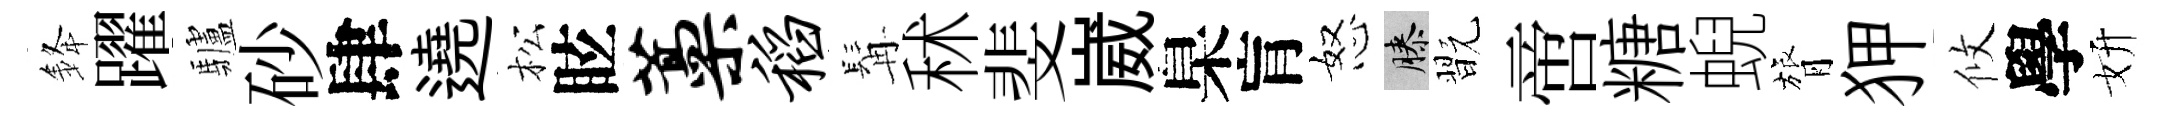
𨦟躍驢砂肆遶松眩藁稻髯秫斐崴臬肓怒膝翫啻糖蜺膂狎攸學妍